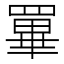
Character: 罼